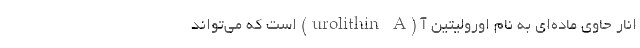
انار حاوی ماده‌ای به نام اورولیتین آ (urolithin A) است که می‌تواند